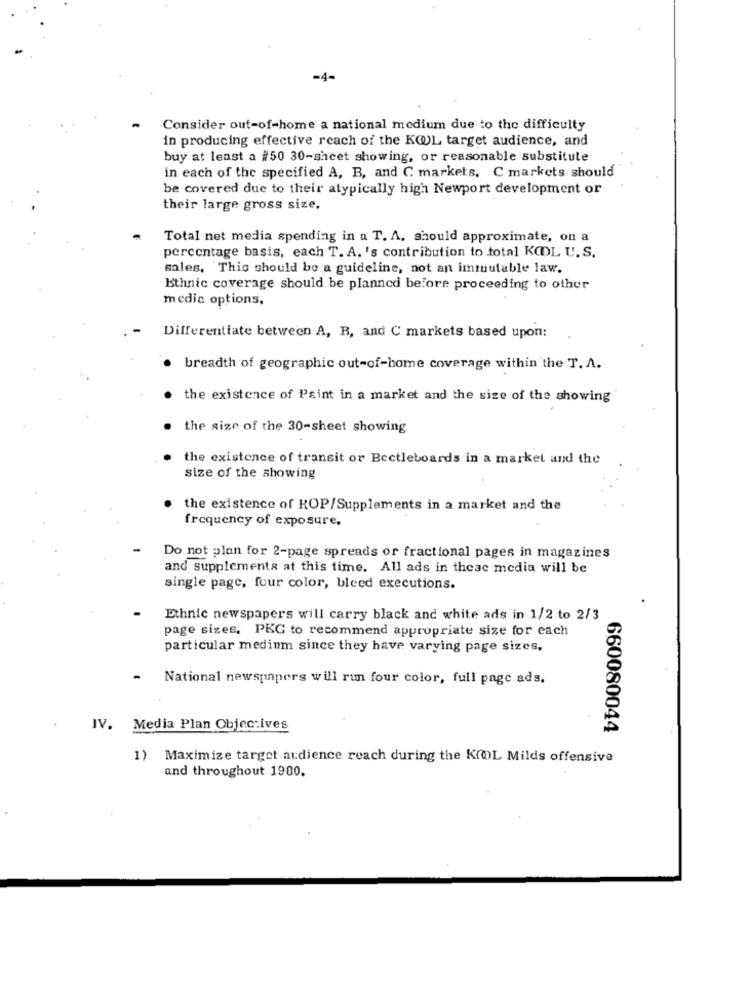
Consider out-of-home a national medium due to the difficulty
in producing effective reach of the KOL target audience, and
buy at least a #50 30-sheet showing, or reasonable substitute
in each of the specified A, B, and C markets. C markets should
be covered due to their atypically high Newport development or
their large gross size.
Total net media spending in a T. A. should approximate, on a
percentage basis, each T. A. 's contribution to total KODL U.S.
sales, 'This should be a guideline, not an immutable law.
Ethnic coverage should be planned before proceeding to other
medic options.
Differentiate between A, B, and C markets based upon:
breadth of geographic out-of-home coverage within the T. A.
the existence of Paint in a market and the size of the showing
the size of the 30-sheet showing
the existence of transit or Bectleboards in a market and the
size of the showing
the existence of HOP/Supplements in a market and the
frequency of exposure.
Do not plan for 2-page spreads or fractional pages in magazines
and supplements at this time. All ads in these media will be
single page, four color, biced executions.
Ethnic newspapers will carry black and white ads in 1/2 to 2/3
page sizes, PKC to recommend appropriate size for each
particular medium since they have varying page sizes.
National newspapers will run four color, full page ads.
IV. Media Plan Objectives
660080044
1)
Maximize target audience reach during the KOL Milds offensive
and throughout 1900.